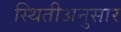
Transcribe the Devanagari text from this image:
स्थितीअनुसार